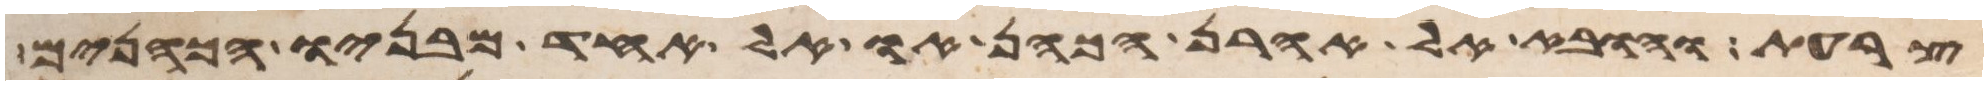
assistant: צרעת והובא אל אהרן הכהן או אל אחד מבניו הכהנים